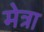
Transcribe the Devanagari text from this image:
मेत्रा